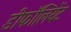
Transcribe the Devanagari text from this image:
डीफॉलियेंट